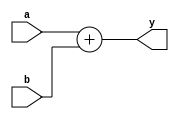
module arithAdd(a, b, y);

input [7:0] a;
input [7:0] b;
output [7:0] y;
reg [7:0] y;

always @(a or b)
begin
	y = a + b;
end
endmodule